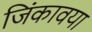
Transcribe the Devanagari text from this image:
जिंकावया